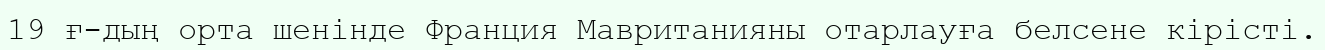
19 ғ-дың орта шенінде Франция Мавританияны отарлауға белсене кірісті.